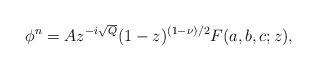
LaTeX: \begin{align*}\phi^n = A z^{-i \sqrt{Q}} (1-z)^{(1-\nu)/2} F(a,b,c;z),\end{align*}